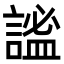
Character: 謐